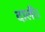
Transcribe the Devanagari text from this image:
दाली।